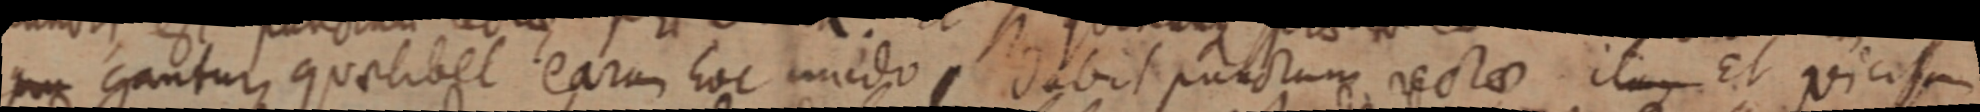
_ gantur, quolibet earum hoc modo, dabit punctum rectae itaque Et vicissum